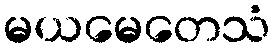
မယမေတေသံ